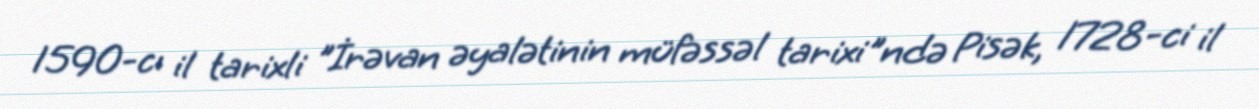
1590-cı il tarixli "İrəvan əyalətinin müfəssəl tarixi"ndə Pisək, 1728-ci il